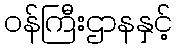
ဝန်ကြီးဌာနနှင့်